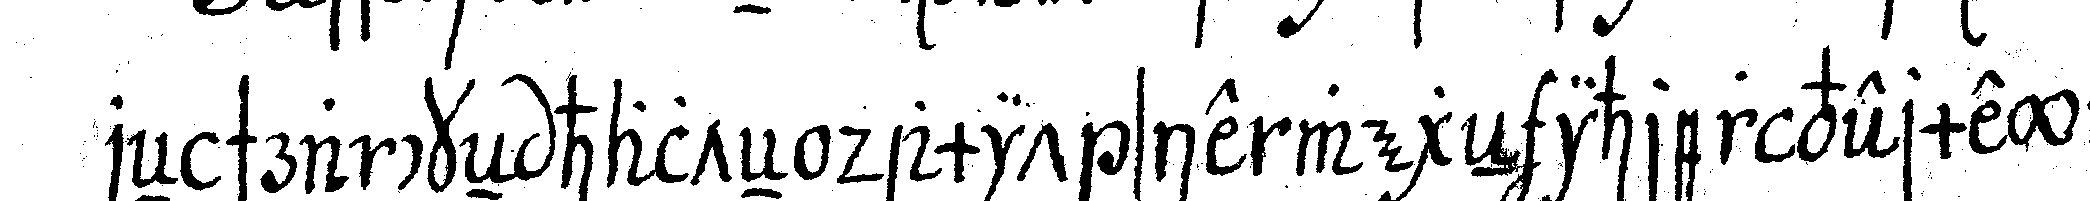
reN schranckeN halteN damit sie wegeN ihrer vermeyn